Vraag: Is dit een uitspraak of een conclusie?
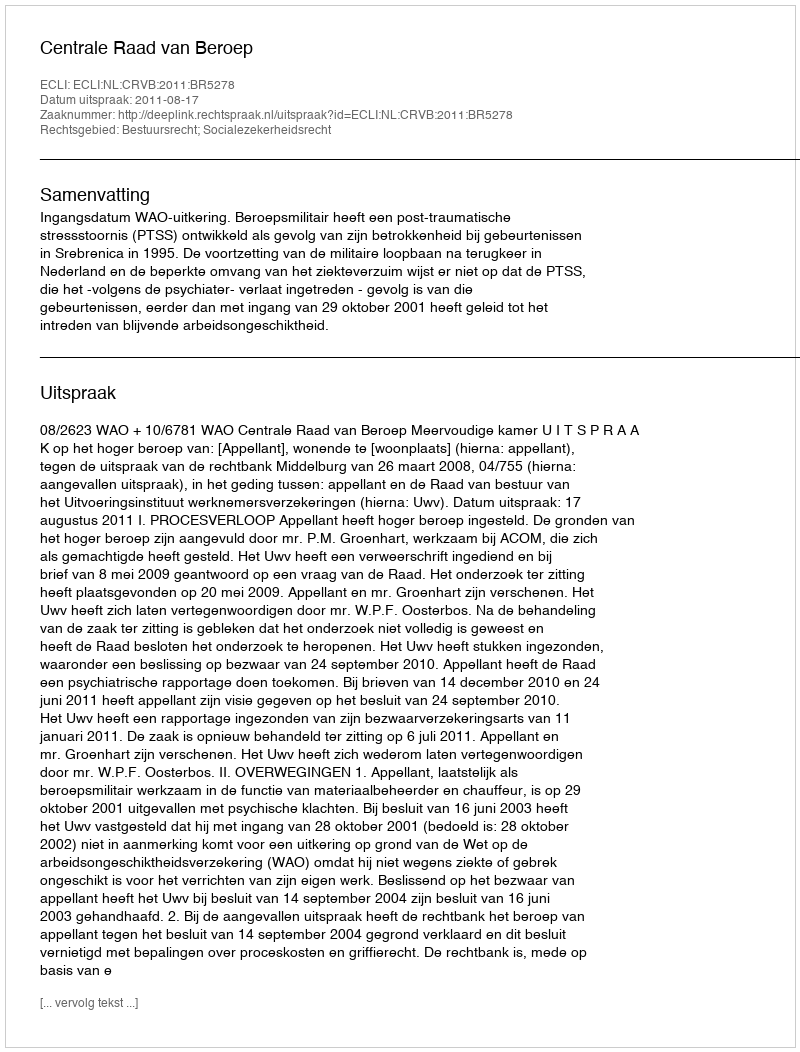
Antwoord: Uitspraak